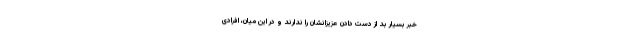
خبر بسیار بد از دست دادن عزیزانشان را ندارند و در این میان، افرادی